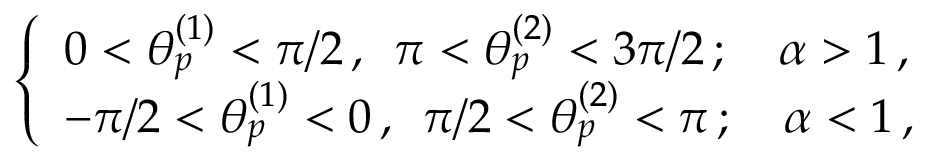
\begin{array} { r } { \left\{ \begin{array} { l l } { 0 < \theta _ { p } ^ { ( 1 ) } < \pi / 2 \, , \, \, \, \pi < \theta _ { p } ^ { ( 2 ) } < 3 \pi / 2 \, ; \quad \alpha > 1 \, , } & { } \\ { - \pi / 2 < \theta _ { p } ^ { ( 1 ) } < 0 \, , \, \, \, \pi / 2 < \theta _ { p } ^ { ( 2 ) } < \pi \, ; \quad \alpha < 1 \, , } \end{array} \right. } \end{array}